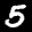
Label: 5